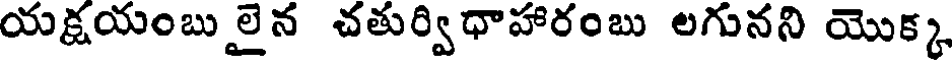
యక్షయంబులైన చతుర్విధాహారంబు లగునని యొక్క